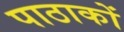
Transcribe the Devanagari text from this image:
पाठाकों